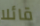
قائلا